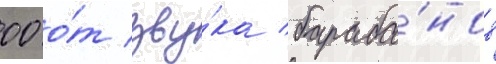
00 о́т зву́ка бараба́нов